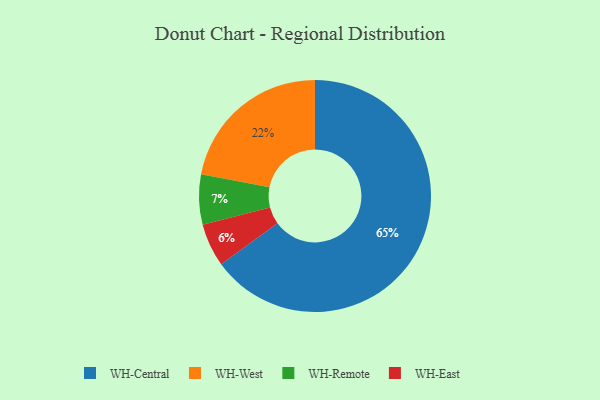
{"axis": {"x": "Category", "y": "Percentage"}, "legend": ["WH-Central", "WH-East", "WH-Remote", "WH-West"], "data": [{"x": "WH-West", "y": 22, "type": "WH-West"}, {"x": "WH-East", "y": 6, "type": "WH-East"}, {"x": "WH-Remote", "y": 7, "type": "WH-Remote"}, {"x": "WH-Central", "y": 65, "type": "WH-Central"}]}